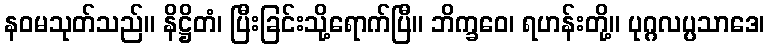
နဝမသုတ်သည်။ နိဋ္ဌိတံ၊ ပြီးခြင်းသို့ရောက်ပြီ။ ဘိက္ခဝေ၊ ရဟန်းတို့။ ပုဂ္ဂလပ္ပသာဒေ၊